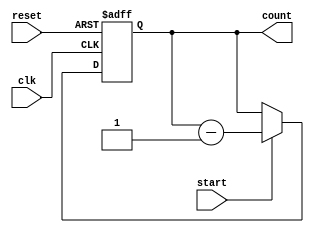
module countdown_timer (
    input wire clk,
    input wire reset,
    input wire start,
    output reg [15:0] count
);

reg [15:0] preset_value;

always @(posedge clk or posedge reset) begin
    if (reset) begin
        count <= preset_value;
    end else if (start) begin
        count <= count - 1;
    end
end

initial begin
    preset_value = 16'd100; // specify the preset value here
    count = preset_value;
end

endmodule